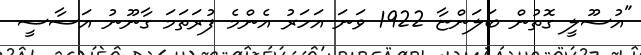
"އުސޫލީ ގޮތުން ބަލަންޏާ 1922 ވަނަ އަހަރު އެންމެ ފުރަތަމަ ގާނޫނު އަސާސީ